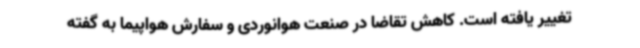
تغییر یافته است. کاهش تقاضا در صنعت هوانوردی و سفارش هواپیما به گفته